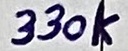
Text: 330k